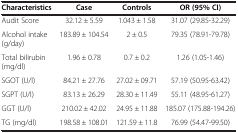
<table><thead><tr><td><b>Characteristics</b></td><td><b>Case</b></td><td><b>Controls</b></td><td><b>OR (95% CI)</b></td></tr></thead><tbody><tr><td>Audit Score</td><td>32.12 ± 5.59</td><td>1.043 ± 1.58</td><td>31.07 (29.85-32.29)</td></tr><tr><td>Alcohol intake (g/day)</td><td>183.89 ± 104.54</td><td>2 ± 0.5</td><td>79.35 (78.91-79.78)</td></tr><tr><td>Total bilirubin (mg/dl)</td><td>1.96 ± 0.78</td><td>0.7 ± 0.2</td><td>1.26 (1.05-1.46)</td></tr><tr><td>SGOT (U/l)</td><td>84.21 ± 27.76</td><td>27.02 ± 09.71</td><td>57.19 (50.95-63.42)</td></tr><tr><td>SGPT (U/l)</td><td>83.13 ± 26.29</td><td>28.30 ± 11.49</td><td>55.11 (48.95-61.27)</td></tr><tr><td>GGT (U/l)</td><td>210.02 ± 42.02</td><td>24.95 ± 11.88</td><td>185.07 (175.88-194.26)</td></tr><tr><td>TG (mg/dl)</td><td>198.58 ± 108.01</td><td>121.59 ± 11.8</td><td>76.99 (54.47-99.50)</td></tr></tbody></table>